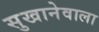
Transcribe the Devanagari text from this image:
सुखानेवाला